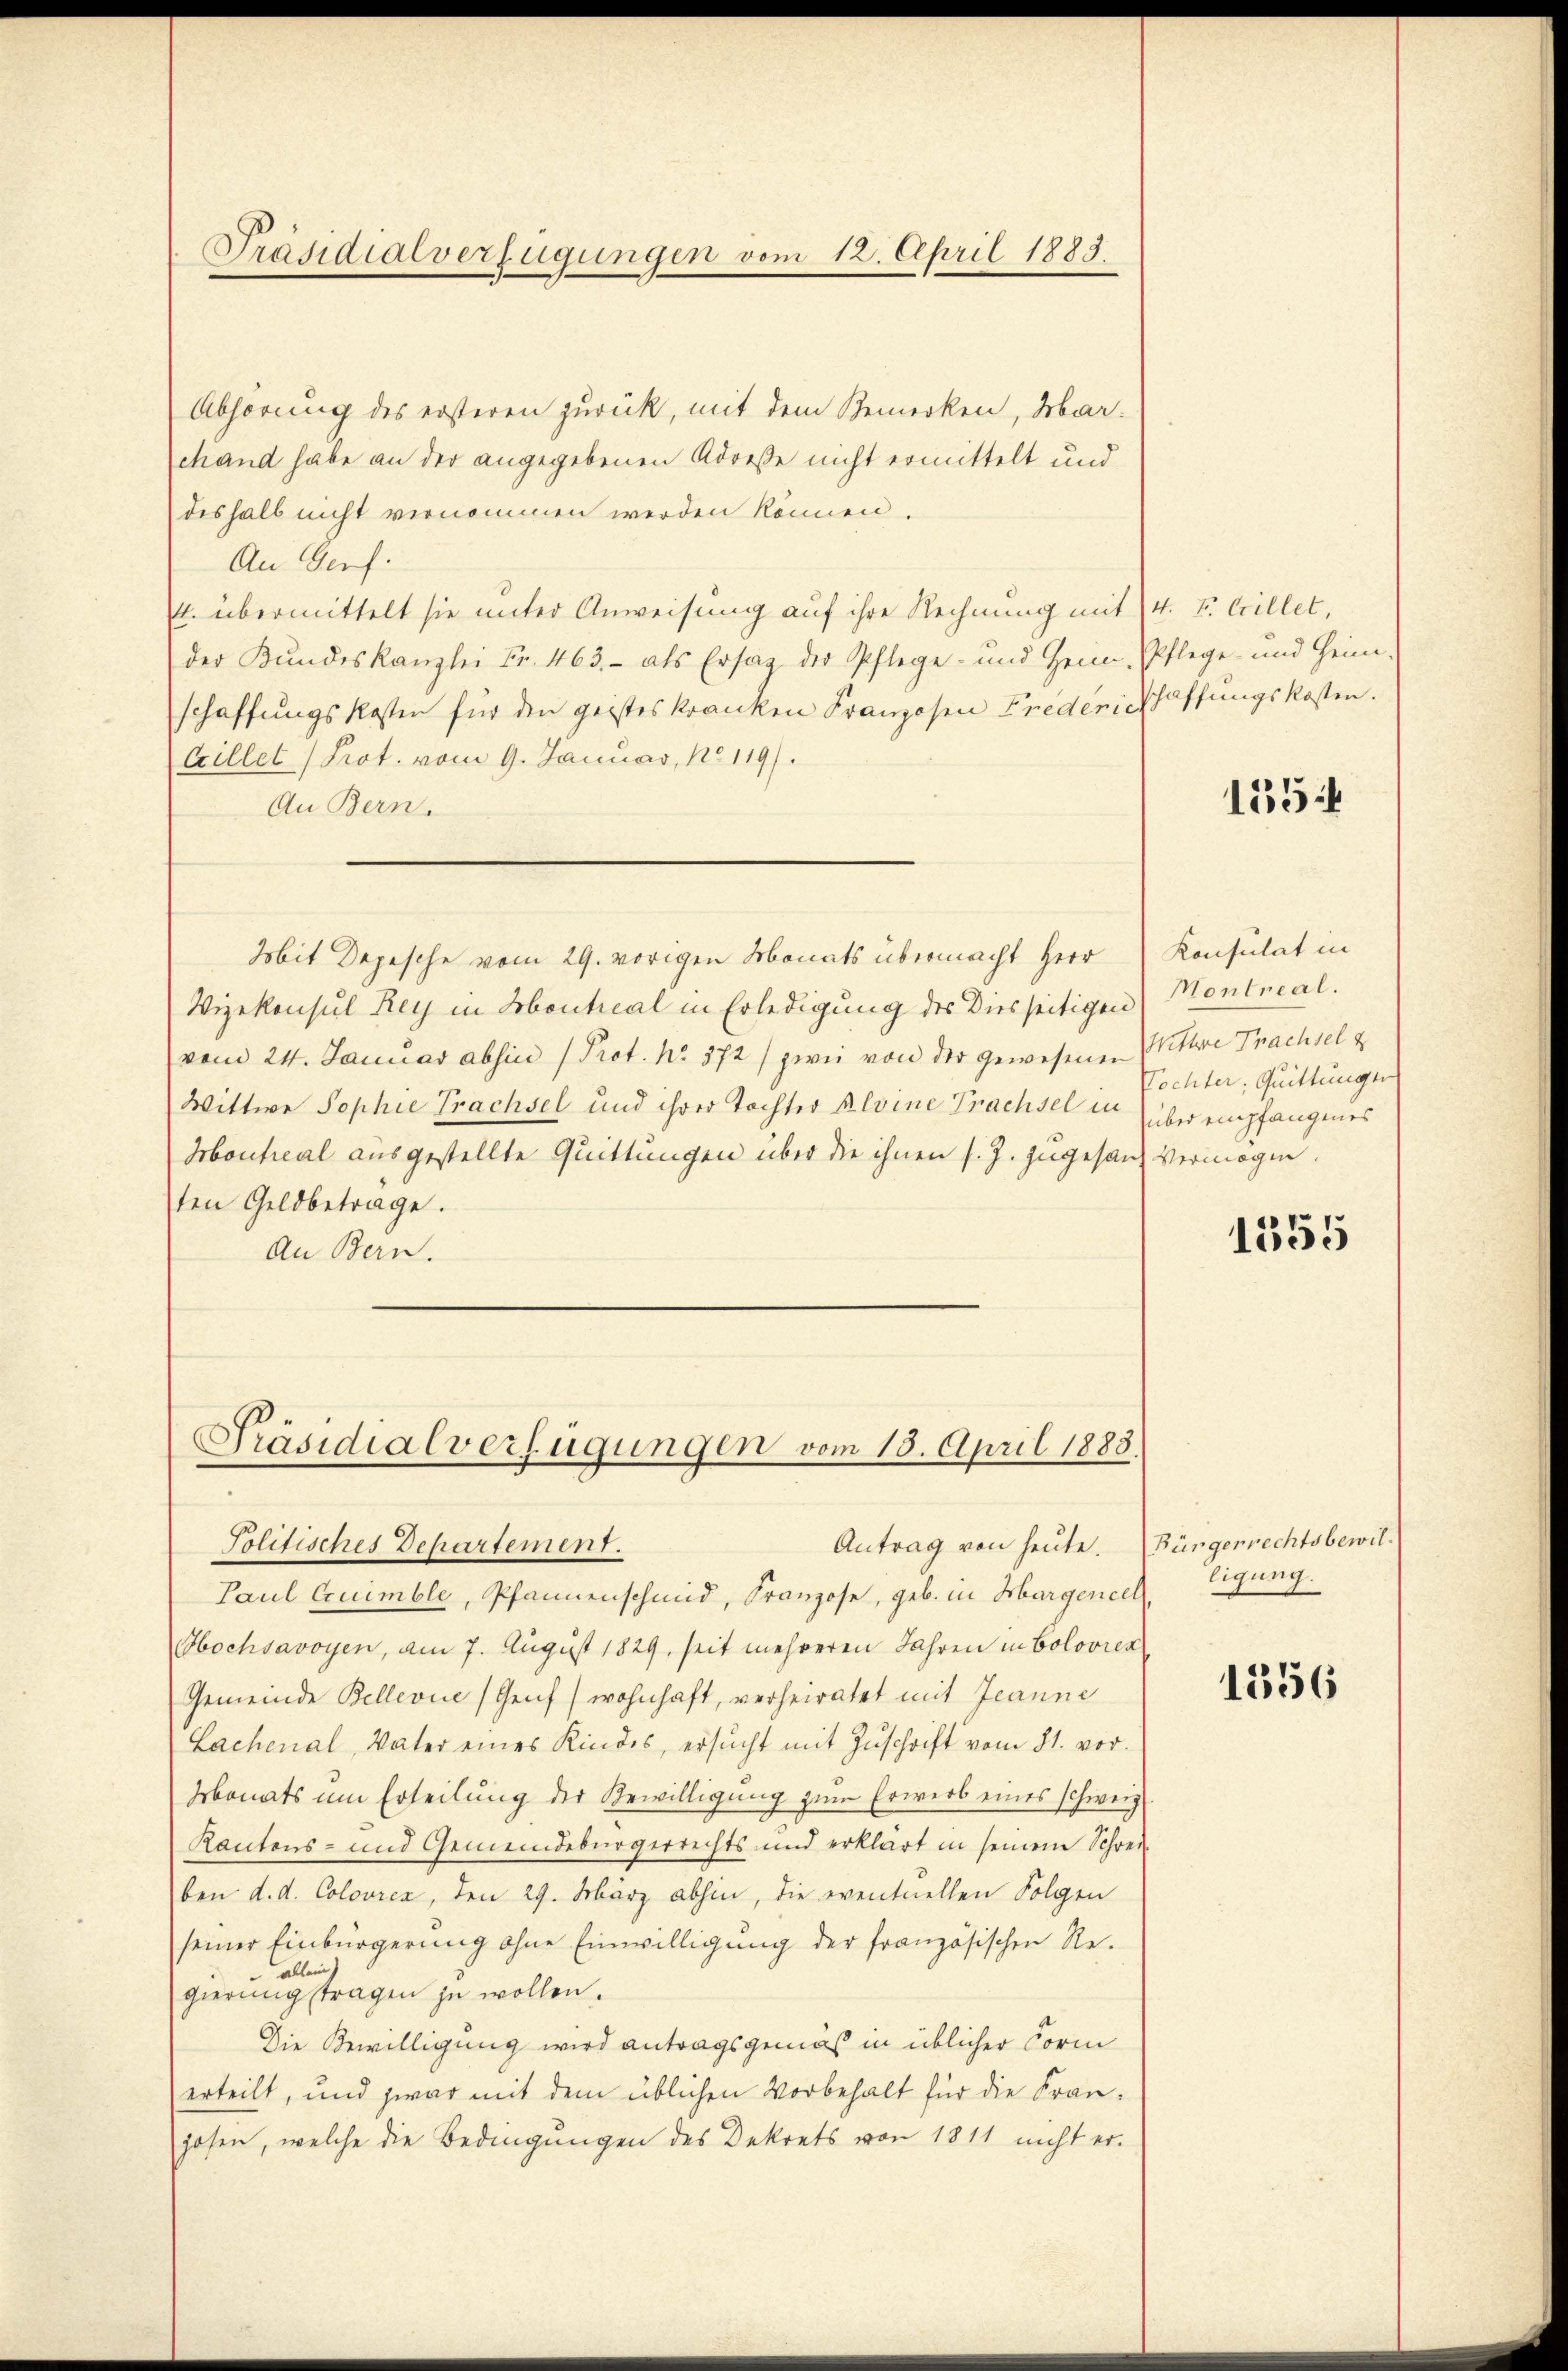
Präsidialverfügungen vom 12. April 1883.

Abhörung des ersteren zurück, mit dem Bemerken, Marchand habe an der angegebenen Adresse nicht ermittelt und
deshalb nicht vernommen werden können.
An Genf.
4. übermittelt sie unter Anweisung auf ihre Rechnung mit 14. I. Cillet,
der Bundeskanzlei Fr. 463. - als Ersag der Pflege- und Heim, Pflege und Heim-
schaffungskosten für den geistes kranken Franzosen Frederischaffungskosten.
Crillet (Prot. vom 9. Januar, No 119/
An Bern.
Mit Depesche vom 29. vorigen Monats übermacht Herr
Vizekonsul Rey in Montical in Erledigung des Diesseitigen
vom 24. Januar absin (Prot. No. 372) zwei von der gewesenen Wittwe Prachsel z
Wittwe Sophie Prachsel und ihrer Tochter Kleine Prachsel in über empfangenes
Houtreal ausgestellte Quittungen über die ihnen s. Z. zugesand vermögen.
ten Geldbetrage.
An Bern.

Präsidialverfügungen vom 18. April 1888.
Antrag von heute.
Politisches Departement.

Paul Cruimble, Pfannenschmid, Franzose, geb. in Margenech
Hochsavoyen, am 7. August 1829, seit mehreren Jahren in Colovier
Gemeinde Bellevue (Genf (wohnhaft, verheiratet mit Jeanne
Lachenal, Vater eines Kindes, ersŭcht mit Zŭschrift vom 21. vor.
Honats um Erteilung der Bewilligung zum Erwerb eines schweiz.
Kantons- und Gemeindebürgerrechts und erklärt in seinem Schreiben d. d. Colovrea, den 29. März abhin, die eventuellen Folgen
seiner Einbürgerung ohne Einwilligung der französischen Re¬
 allein
gierungstragen zu wollen.
Die Bewilligung wird antragsgemäß in üblicher Corm
erteilt, und zwar mit dem üblichen Vorbehalt für die Franjosen, welche die Bedingungen des Dekrets von 1811 nicht er-

155

Konsulat in
Montreal.
Tochter: Quittunger

1555

Bürgerrechtsbewilligung.

1356